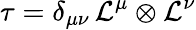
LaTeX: \tau=\delta_{\mu\nu}\, {\cal L}^{\mu}\otimes{\cal L}^{\nu}